Vital statistics of India. Vol. IV, Annual returns from 1871 to 1876. British Army of India, Native Army and jails of Bengal
Year: 1871
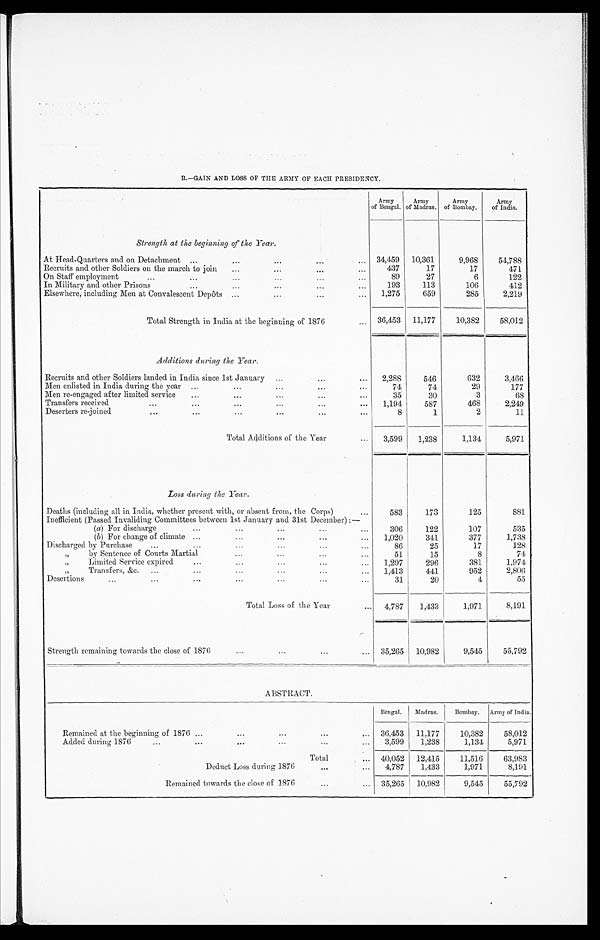
B.—GAIN AND LOSS OF THE ARMY OF EACH PRESIDENCY.
Strength at the beginning of the Year.
Army of
Bengal.
Army of
Madras.
Army
of Bombay.
Army
of India.
34,459
10,361
9,968
54,788
At Head-Quarters and on Detachment ...
...
...
. . .
...
Recruits and other Soldiers on the march to join
...
...
...
. . . 437
17
17
471
On Staff employment
...
...
...
...
. . .
...
89
27
6
122
In Military and other Prisons
...
...
...
...
...
193
113
106
412
Elsewhere, including Men at Convalescent Depôts ...
...
. . .
. . .
1,275
659
285
2,219
Total Strength in India at the beginning of 1876
. . .
36,453
11,177
10,382
58,012
Additions during the Year.
Recruits and other Soldiers landed in India since 1st January
...
...
...
2,288
546
632
3,466
Men enlisted in India during the year ...
...
...
...
...
74
74
29
177
Men re-engaged after limited service
...
...
...
...
...
35
30
3
68
Transfers received
...
...
...
...
. . .
...
1,194
587
468
2,249
Deserters re-joined
. . .
...
...
...
...
...
8
1
2
11
Total Additions of the Year
...
3,599
1,238
1,134
5,971
Loss during the Year.
Deaths (including all in India, whether present with, or absent from, the Corps)
. . .
583
173
125
881
Inefficient (Passed Invaliding Committees between 1st January and. 31st December) :—
306
122
107
535
(a) For discharge
...
...
...
...
...
(b) For change of climate ...
...
...
...
...
1,020
341
377
1,738
Discharged by Purchase
. . .
...
...
...
. . .
...
86
25
17
128
„
by Sentence of Courts Martial
...
...
. . .
...
51
15
8
74
, ,
Limited Service expired
...
...
...
. . .
. . . 1,297
296
381
1,974
„
Transfers, &c.
...
...
...
...
...
...
1,413
441
952
2,806
Desertions
...
...
...
...
...
...
...
31
20
4
55
Total Loss of the Year
...
4,787
1,433
1,971
8,191
Strength remaining towards the close of 1876
. . .
...
...
...
35,265
10,982
9,545
55,792
ABSTRACT.
Bengal.
Madras.
Bombay.
Army of India.
Remained at the beginning of 1876 ...
. . .
. . .
. . .
...
36,453
11,177
10,382
58,012
Added during 1876
...
...
...
. . .
...
...
3,599
1,238
1,134
5,971
Total
... 40,052
12,415
11,516
63,983
Deduct Loss during 1876
...
...
4,787
1,433
1,971
8,191
Remained towards the close of 1876
...
...
35,265
10,982
9 , 5 4 5
55,792